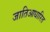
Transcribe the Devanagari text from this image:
जातिआधारित